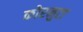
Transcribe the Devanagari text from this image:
कोरनुटा